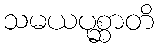
သမယပုစ္ဆာတိ